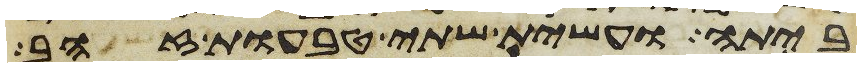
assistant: ביתה ועשית שתי טבעות זהב